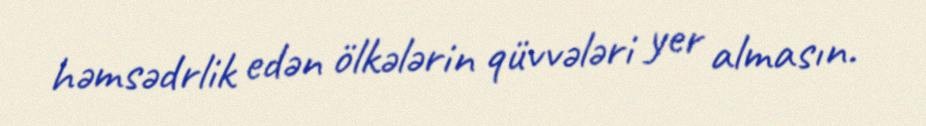
həmsədrlik edən ölkələrin qüvvələri yer almasın.